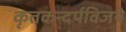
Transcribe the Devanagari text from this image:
कृतकन्दर्पविजये